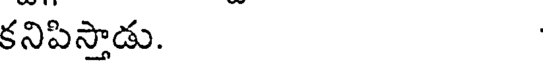
కనిపిస్తాడు.